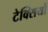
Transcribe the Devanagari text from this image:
टेक्सियों